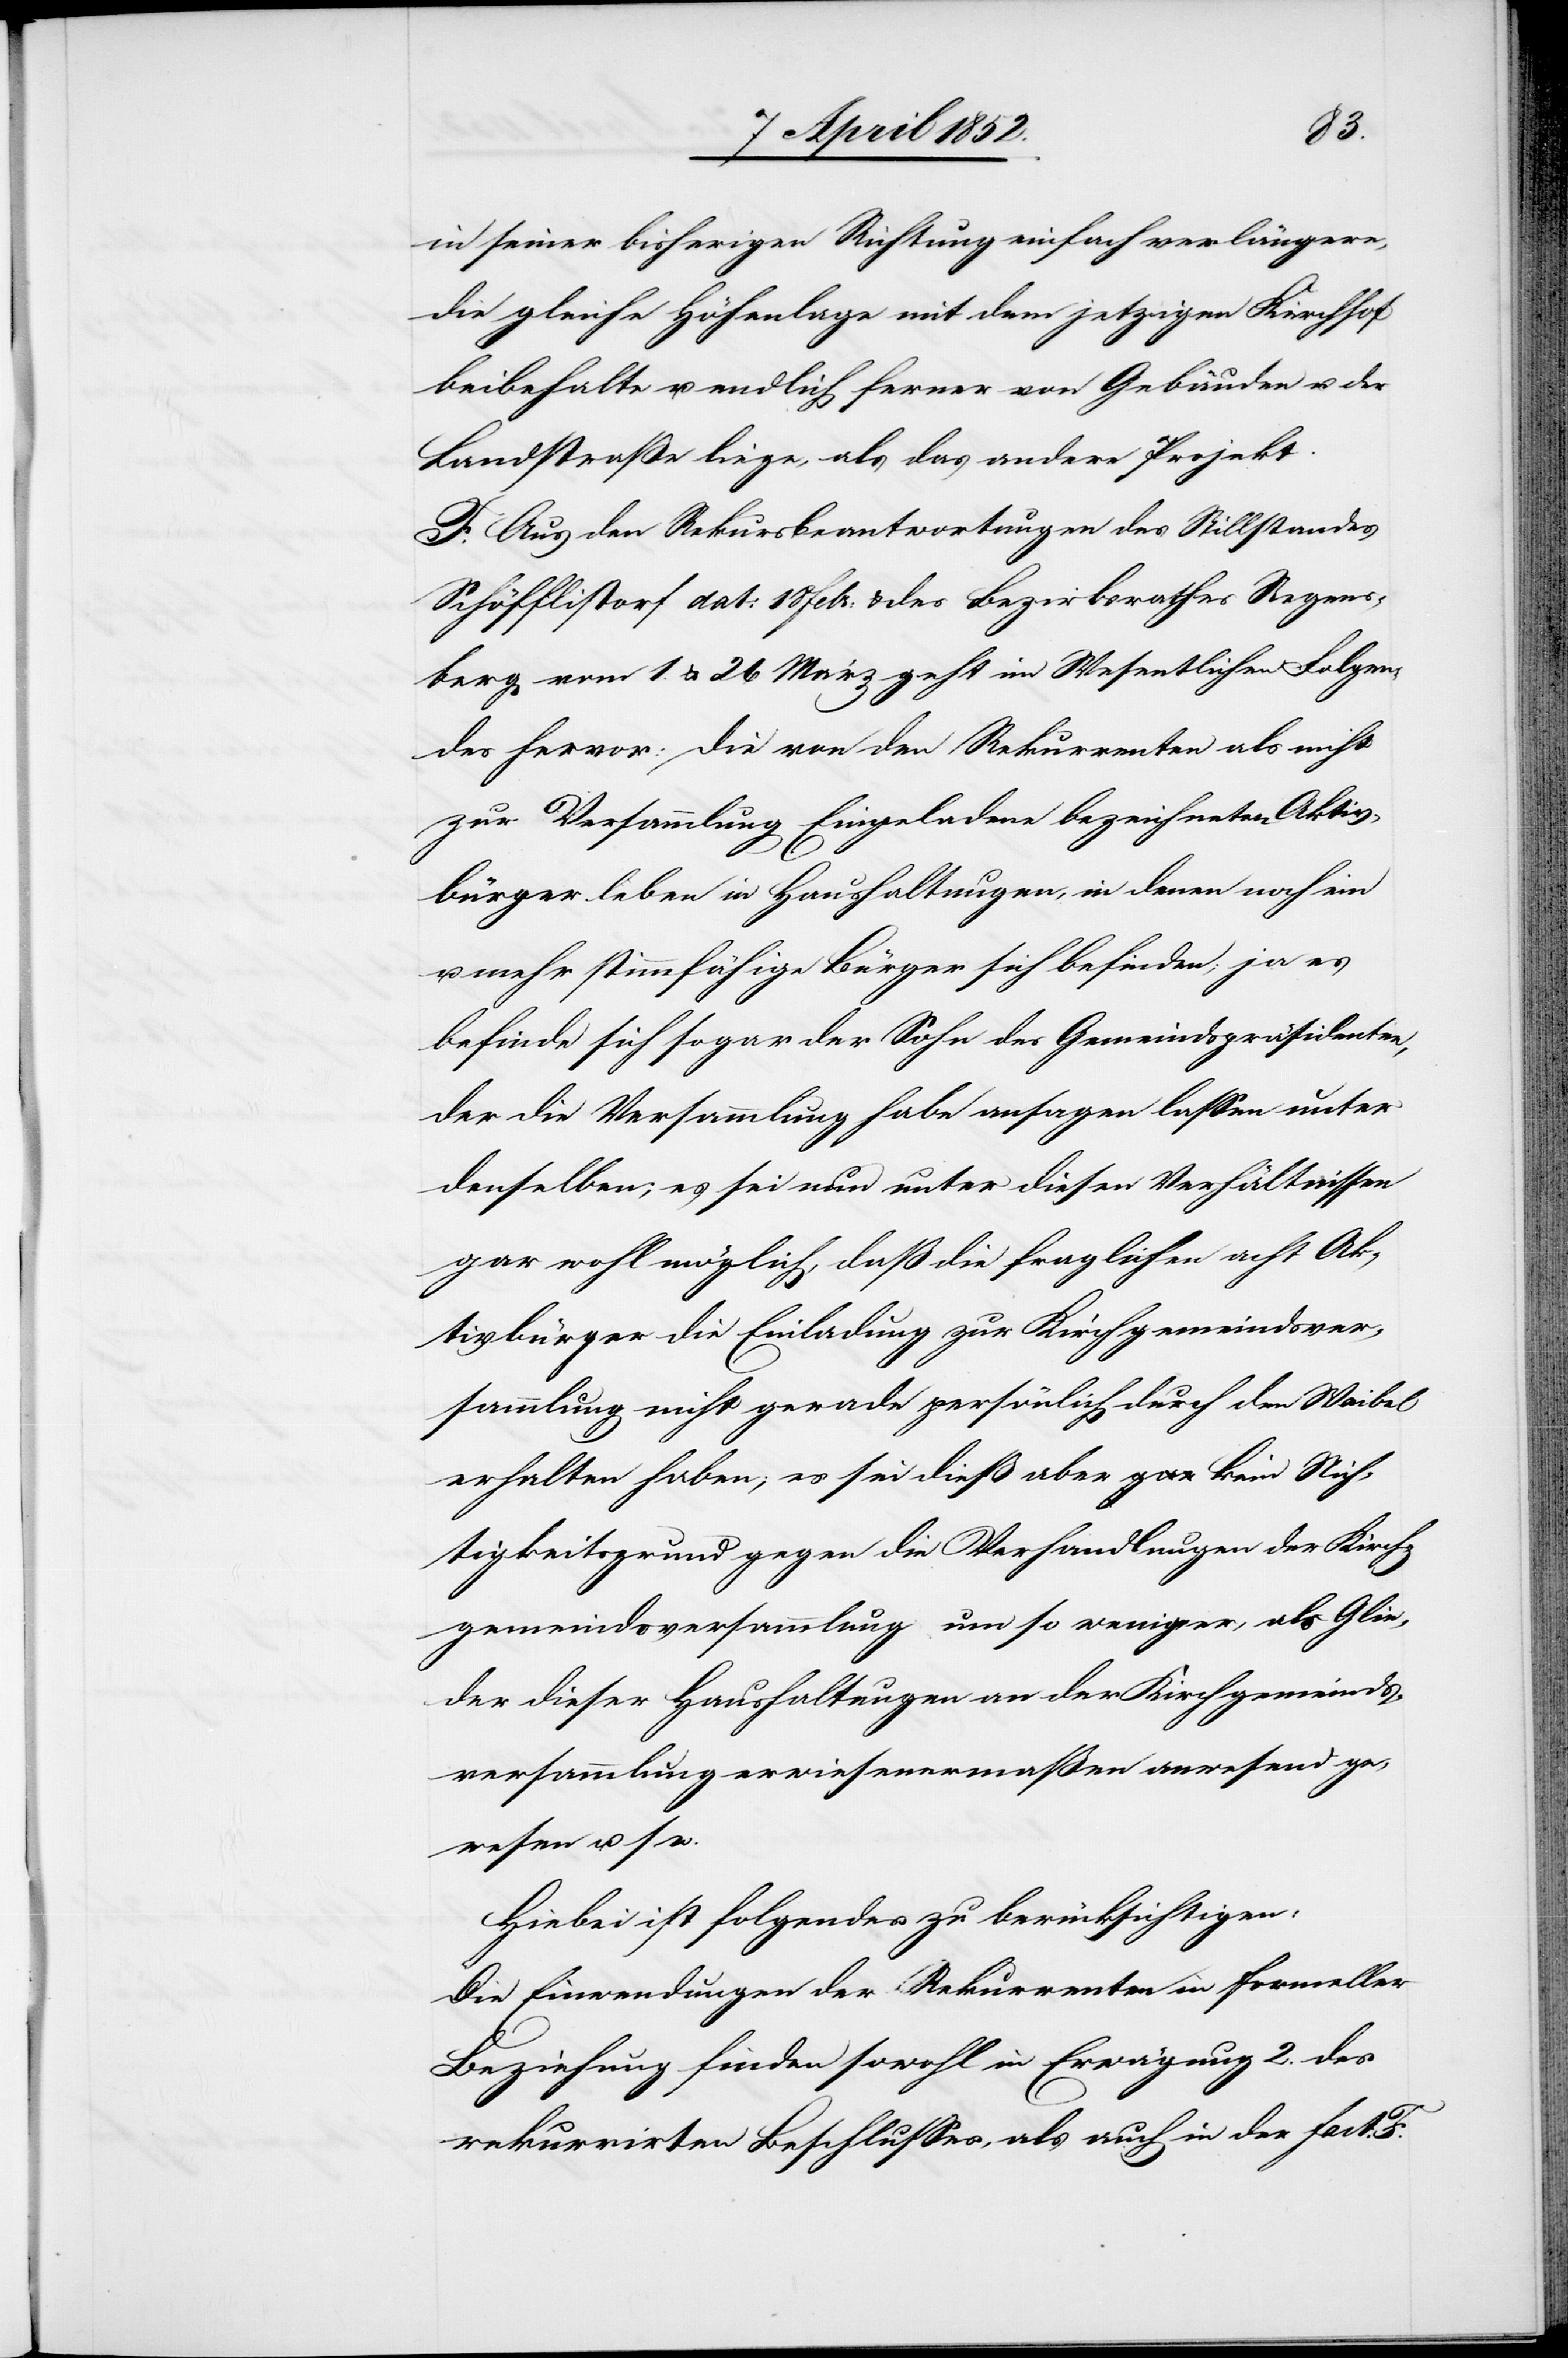
in seiner bisherigen Richtung einfach verlängere,
die gleiche Höhenlage mit dem jetzigen Kirchhof
beibehalte u. endlich ferner von Gebäuden u. der
Landstraße liege, als das andere Projekt.
F. Aus den Rekursbeantwortungen des Stillstandes
Schöfflistorf dat: 18 Febr: & des Bezirksrathes Regens¬
berg vom 1. & 26 März geht im Wesentlichen Folgen¬
des hervor: die von den Rekurrenten als nicht
zur Versammlung Eingeladene bezeichneten Aktiv¬
bürger leben in Haushaltungen, in denen noch ein
u. mehr stimmfähige Bürger sich befinden; ja es
befinde sich sogar der Sohn des Gemeindspräsidenten,
der die Versammlung habe ansagen lassen unter
denselben; es sei nun unter diesen Verhältnissen
gar wohl möglich, daß die fraglichen acht Ak¬
tivbürger die Einladung zur Kirchgemeindsver¬
sammlug nicht gerade persönlich durch den Waibel
erhalten haben; es sei dieß aber gar kein Nich¬
tigkeitsgrund gegen die Verhandlungen der Kirch¬
gemeindsversammlung um so weniger, als Glie¬
der dieser Haushaltungen an der Kirchgemeinds¬
versammlung erwiesenermaßen anwesend ge¬
wesen u s w.
Hiebei ist folgendes zu berücksichtigen:
Die Einwendungen der Rekurrenten in formeller
Beziehung finden sowohl in Erwägung 2. des
rekurrirten Beschlusses, als auch in der Fact. F.